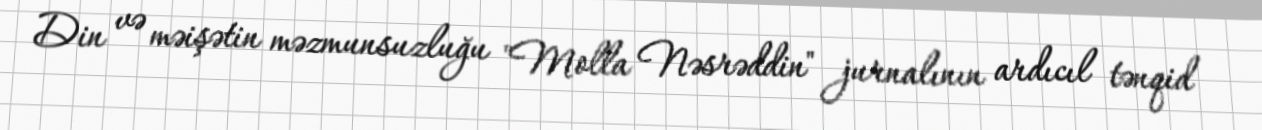
Din və məişətin məzmunsuzluğu "Molla Nəsrəddin" jurnalının ardıcıl tənqid